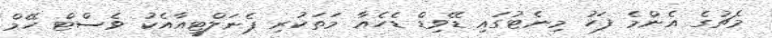
މެޗުގެ އެންމެ ފަހު މިނެޓުގައި ޑޭވިޑް ޑެހެއާ މަތަކުރި ޕެނަލްޓީއާއެކު ވެސްޓް ހޭމް